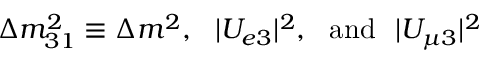
\Delta m _ { 3 1 } ^ { 2 } \equiv \Delta m ^ { 2 } , ~ ~ { \vert } U _ { e 3 } { \vert } ^ { 2 } , ~ ~ \mathrm { a n d } ~ ~ { \vert } U _ { \mu 3 } { \vert } ^ { 2 }